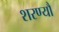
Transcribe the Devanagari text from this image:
शरण्यौ